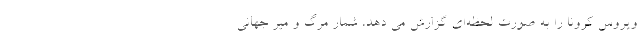
ویروس کرونا را به صورت لحظه‌ای گزارش می دهد، شمار مرگ و میر جهانی